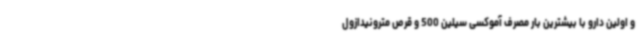
و اولین دارو با بیشترین بار مصرف آموکسی سیلین 500 و قرص مترونیدازول